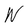
Character: W